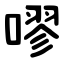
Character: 嘐